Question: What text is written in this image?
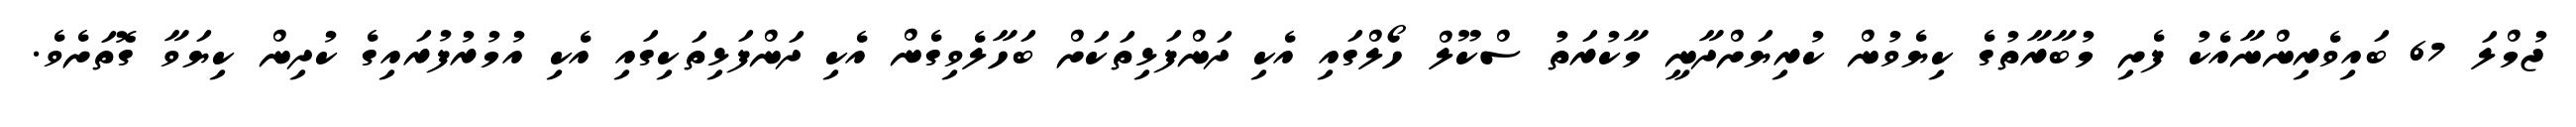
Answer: ޖުމްލަ 67 ބައިވެރިންނާއެކު ފެށި މުބާރާތުގެ ކިޔެވުން ކުރިޔަށްދާނީ މާކުރަތު ސްކޫލް ހޯލްގައި އެކި ދަންފަޅިތަކަށް ބަހާލެވިގެން އެކި ދަންފަޅިތަކިގައި އެކި އުމުރުފުރައިގެ ކުދިން ކިޔަވާ ގޮތަށެވެ.